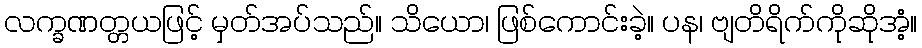
လက္ခဏတ္တယဖြင့် မှတ်အပ်သည်။ သိယော၊ ဖြစ်ကောင်းခဲ့။ ပန၊ ဗျတိရိက်ကိုဆိုအံ့။